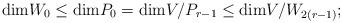
LaTeX: \begin{align*}\mathrm{dim} W_0 \leq \mathrm{dim} P_0 = \mathrm{dim}V/P_{r-1} \leq \mathrm{dim} V/W_{2(r-1)};\end{align*}